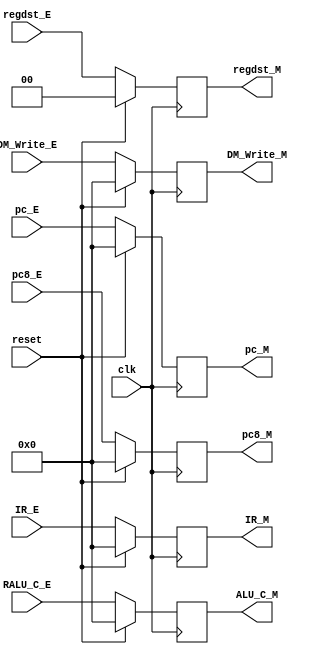
`timescale 1ns / 1ps
//////////////////////////////////////////////////////////////////////////////////
// Company: 
// Engineer: 
// 
// Design Name: 
// Module Name:    Reg_M 
// Project Name: 
// Target Devices: 
// Tool versions: 
// Description: 
//
// Dependencies: 
//
// Revision: 
// Revision 0.01 - File Created
// Additional Comments: 
//
//////////////////////////////////////////////////////////////////////////////////
//regdstIR
module Reg_M(
	input clk,
	input reset,
	input [31:0] IR_E,
	input [31:0] RALU_C_E,
	input [31:0] DM_Write_E,	//rt
	input [1:0] regdst_E,	
	input [31:0] pc_E,
	input [31:0] pc8_E,
	
	output reg [31:0] IR_M,
	output reg [31:0] ALU_C_M,
	output reg [31:0] DM_Write_M,
	output reg [1:0] regdst_M,	
	output reg [31:0] pc_M,
	output reg [31:0] pc8_M
    );
	
	always @(posedge clk) begin
		if(reset) begin
			IR_M				<= 0;
			ALU_C_M			<= 0;
			DM_Write_M		<= 0;
			regdst_M			<= 0;
			pc_M				<= 0;
			pc8_M				<= 0;
		end
		else begin
			IR_M				<= IR_E;
			ALU_C_M			<= RALU_C_E;
			DM_Write_M		<= DM_Write_E;
			regdst_M			<= regdst_E;
			pc_M				<= pc_E;
			pc8_M				<= pc8_E;
		end
	end
	


endmodule